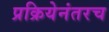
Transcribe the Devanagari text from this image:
प्रक्रियेनंतरच